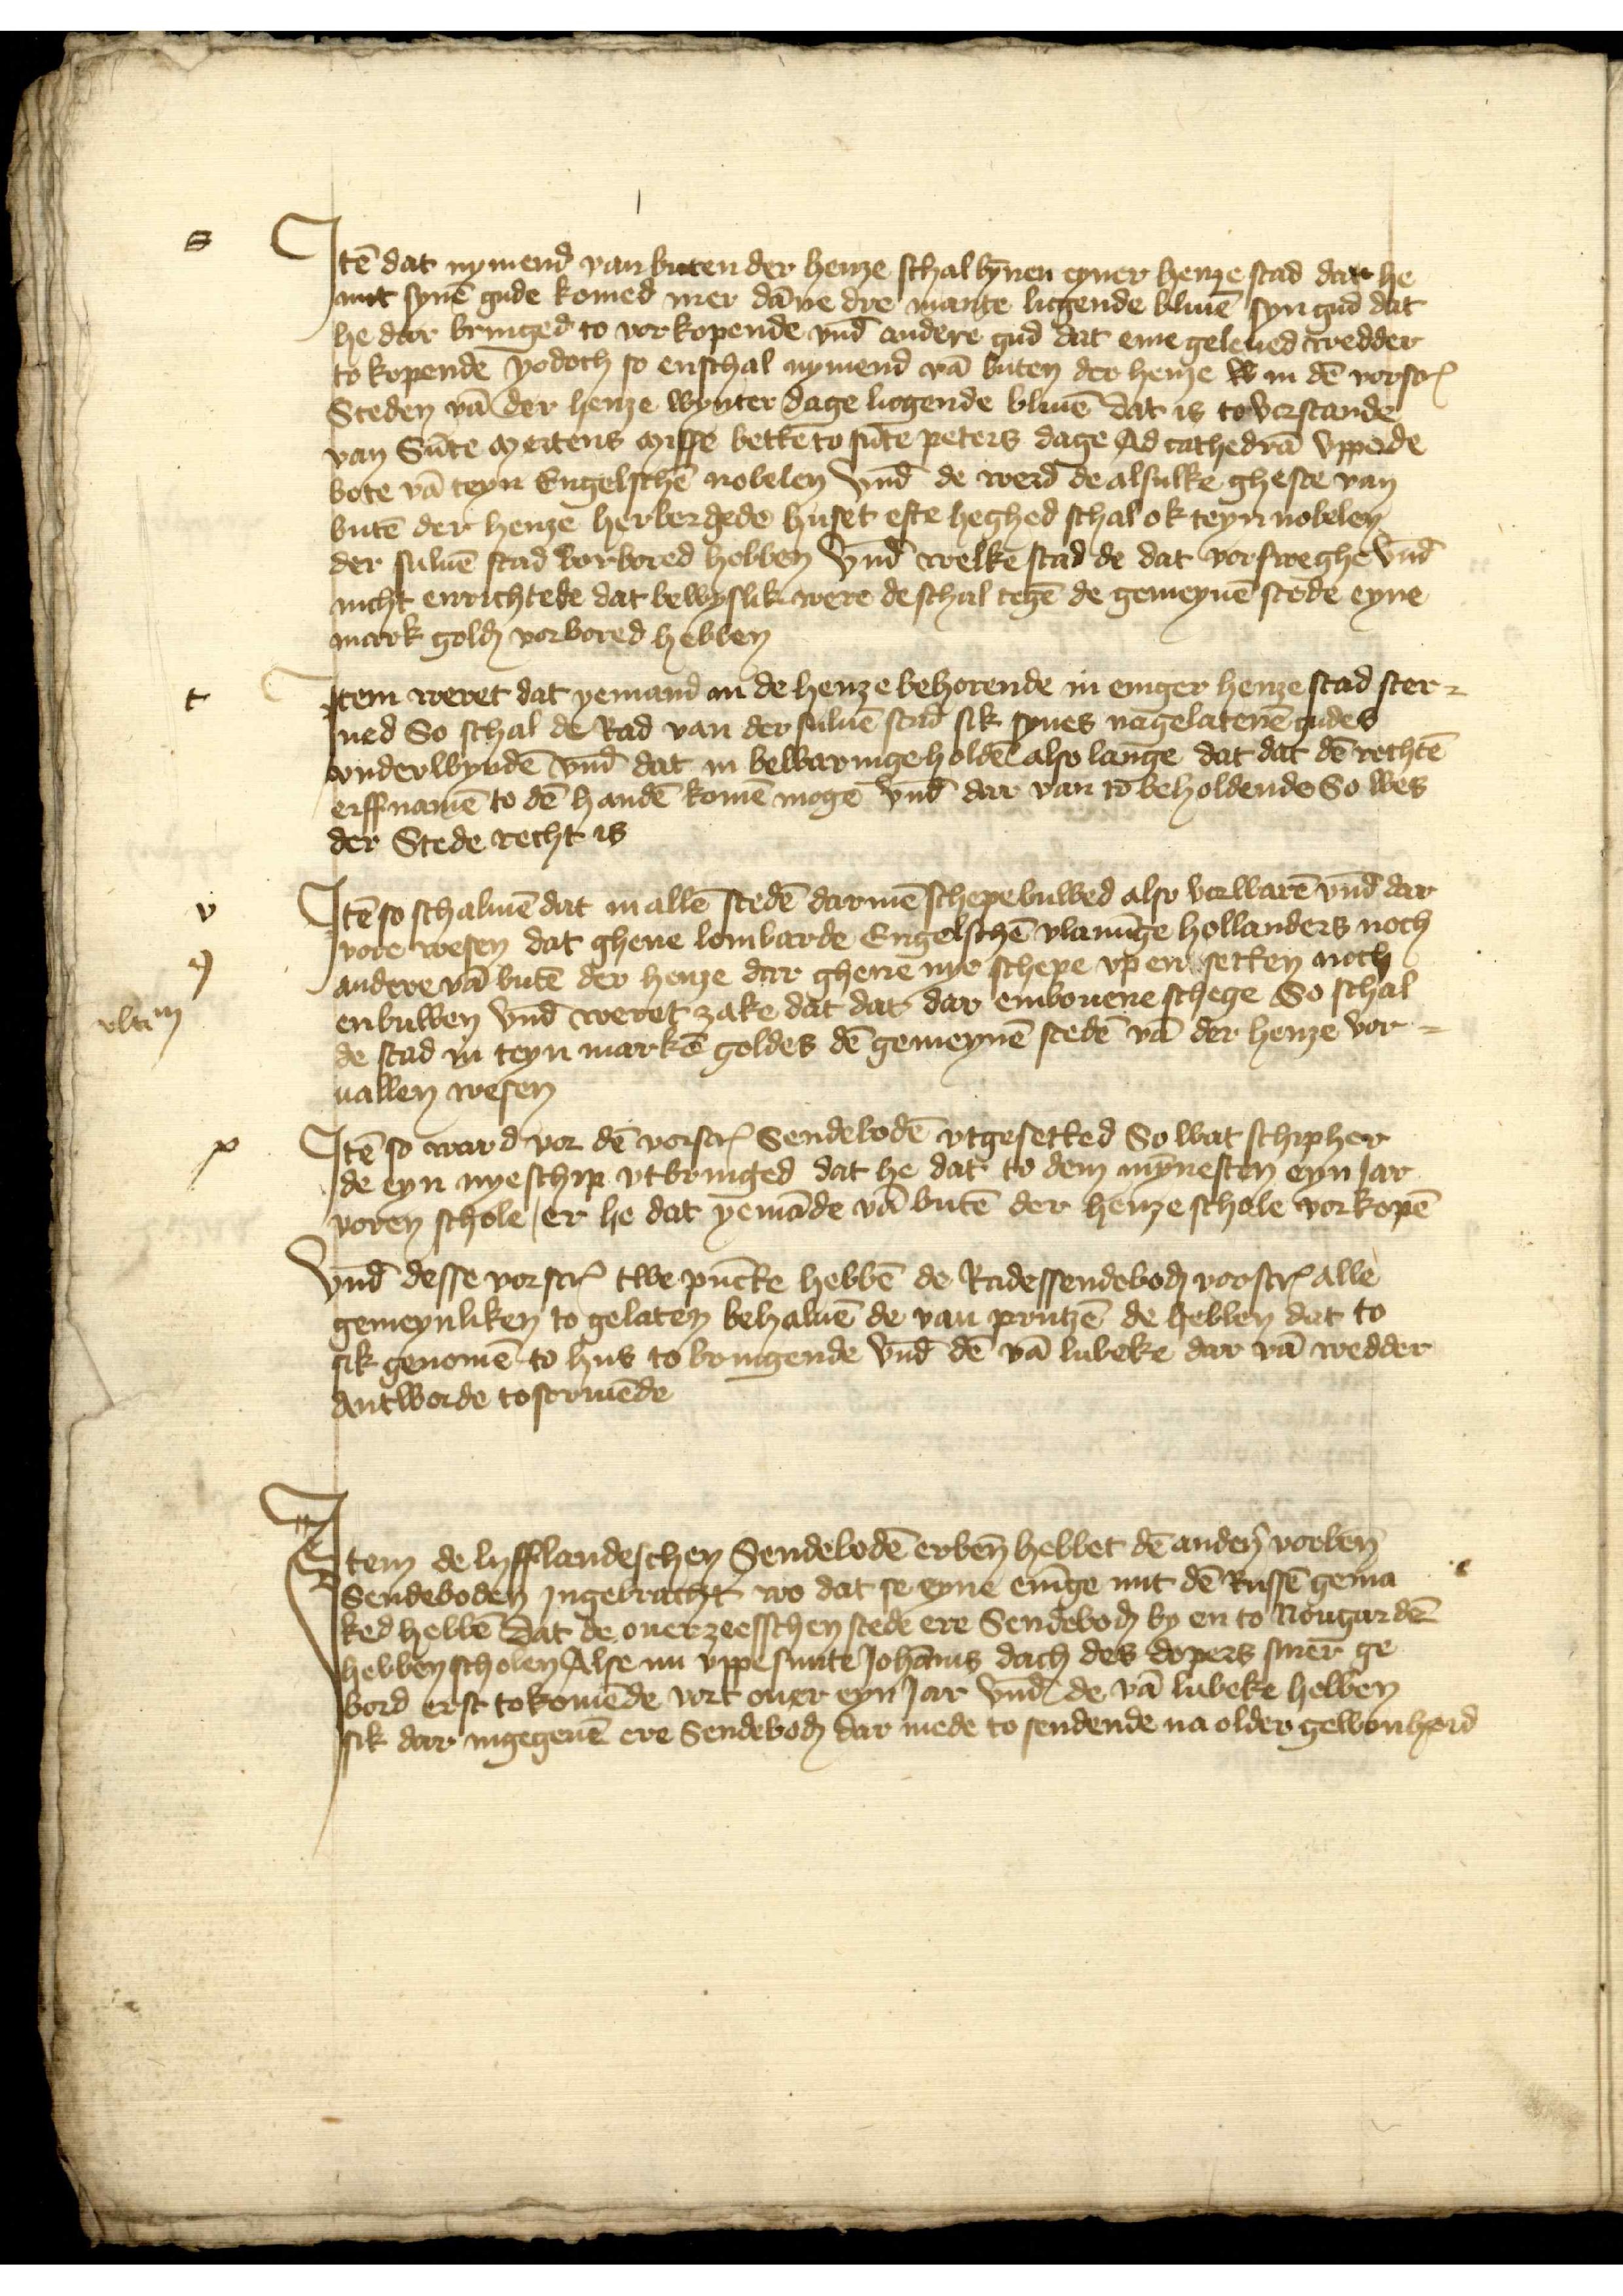
Jtē dat nymend van buten der henze schal bȳnen eyner henze stad dar he
mit synē gude komed mer dāne dre manne licgende bliuē syn gud dat
he dar bringed to vorkopende vnd̄ andere gud dat eme geleued wedder
to kopende Jodoch so enschal nymend vā buten der henze w in dē vorscrꝬ
Steden vā der henze wynter dage ligende bliuē dat is to verstande
van Sūte mertens misse bette to sūte Peters dage Ad cathedrā vppede
bote vā teyn Engelschē nobelen Vnd̄ de werd de alsulke gheste van
butē der henze herbergede huset efte heghed schal ok teyn nobelen
der suluē stad vorbored hebben Vnd̄ welkē stad de dat vorsweghe vnd̄
nicht enrichtede dat bewyslik were de schal tegē de gemeynē stede eyne
mark gold vorbored hebben

Jtem weret dat yemand an de henze behorende in eniger henze stad ster¬
ued So schal de Rad van der suluē stad sik synes nagelatenē gudes
vnderwyndē vnd̄ dat in bewaringe holdē alsolange dat dat dē rechtē
erffnamē to dē handē komē moge vnd̄ dar van to beholdende, So wes
der Stede recht is

vlam

Jtē so schalmē dat in allē stedē darmē schepe buwed also vorwarē vnd̄ dar
vore wesen dat ghene lombarde Engelschē vlamīge Hollanders noch
andere vā butē der henze dar ghene nye schepe vp en setten noch
enbuwen vnd̄ weret zake dat dat dar embouene schege So schal
de stad in teyn markē geldes dē gemeynē stedē vā der henze vor¬

uallen wesen
Jtē so ward vor dē vorscrꝬ Sendebodē vtgesetted So wat schipher
de eyn nyeschip vtbringed dat he dat to dem mȳnesten eyn Jar
voren schole, er he dat yemāde vā butē der henze schale vorkopē

Vnd̄ desse vorscrꝬ twe pūkte hebbē de Radessendeboḑ vorscrꝬ alle
gemeynliken to gelaten behaluē de van Prutzē de hebben dat to
sik genomē to hus to bringende vnd̄ dē vā Lubeke dar vā wedder
Antworde to scriuēde

Jtem de lyfflandeschen Sendebodē erben̄ hebbet dē andern vorben̄
Sendeboden Jngebracht wo dat se eyne enīge mit de Russē gema¬
ked hebbē dat de ouerzeesschen stede ere Sendeboḑ by en to Nougardē
hebben scholen Alse nu vppe sunte Johānis dach des dopers siner ge¬
bord erst tokomēde vort ouer eyn Jar vnd de vā Lubeke hebben
sik dar ingegeuē ere Sendeboḑ dar mede to sendende na older gewonheid